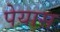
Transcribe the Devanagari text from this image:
पेयास